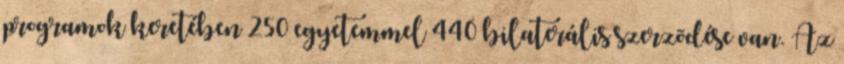
programok keretében 250 egyetemmel 440 bilaterális szerzõdése van. Az